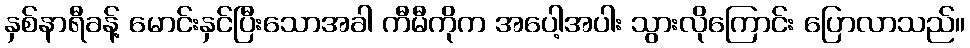
နှစ်နာရီခန့် မောင်းနှင်ပြီးသောအခါ ကီမီကိုက အပေါ့အပါး သွားလိုကြောင်း ပြောလာသည်။